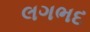
લગભદ